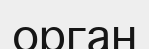
орган